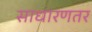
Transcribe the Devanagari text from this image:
साधारणतर